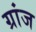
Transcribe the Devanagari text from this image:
ग्रांज